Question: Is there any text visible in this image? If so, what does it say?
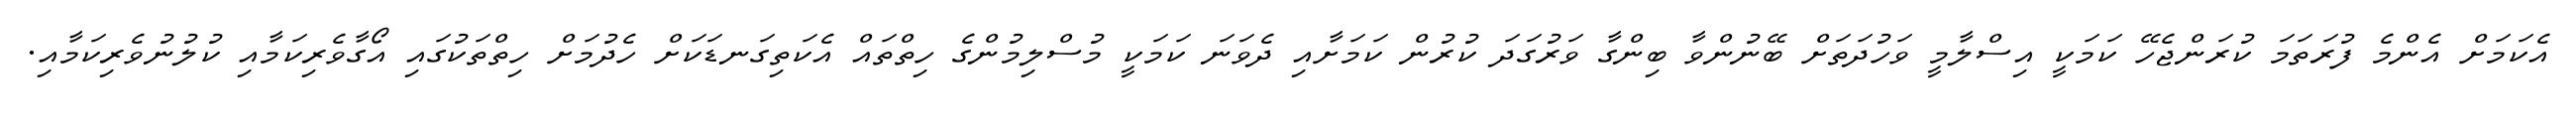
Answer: އެކަމަށް އެންމެ ފުރަތަމަ ކުރަންޖެހޭ ކަމަކީ އިސްލާމީ ވަހުދަތަށް ބޭނުންވާ ބިންގާ ވަރުގަދަ ކުރުން ކަމަށާއި ދެވަނަ ކަމަކީ މުސްލިމުންގެ ހިތްތައް އެކަތިގަނޑަކަށް ހެދުމަށް ހިތްތަކުގައި އޯގާވެރިކަމާއި ކުލުނުވެރިކަމާއި.